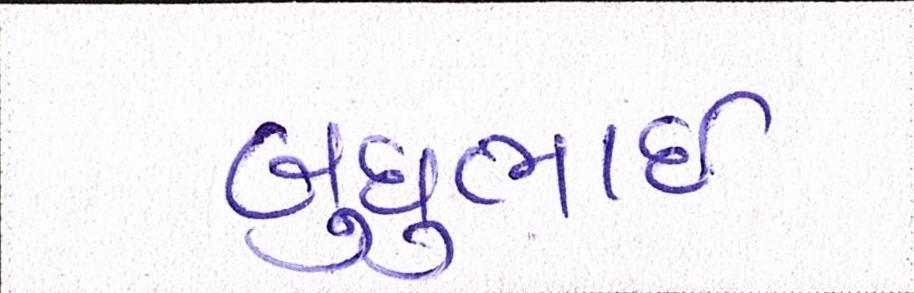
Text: બુધુભાઇ